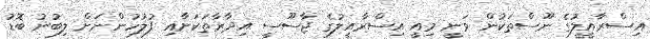
އިސްރާއީލުގެ ނޫސްތަކުން ވަނީ މިއީ އިސްރާއީލުގެ ޖާސޫސީ އިދާރާތަކަށާއި ފުލުހުންނަށް ލިބުނު ބޮޑު